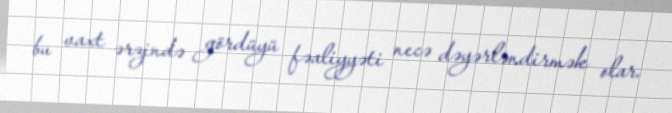
bu vaxt ərzində gördüyü fəaliyyəti necə dəyərləndirmək olar.